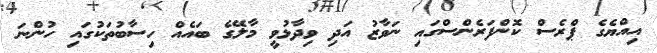
އިއްޔެގެ ޕްރެސް ކޮންފަރެންސްގައި ނަވާޒު އަދި ވިދާޅުވީ މާލޭގެ ބައެއް ހިސާބުތަކުގައި ހުންނަ